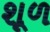
શૂળ